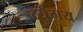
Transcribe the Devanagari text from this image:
व्यँगय